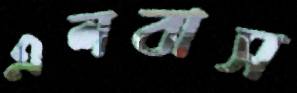
এলবাস